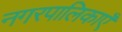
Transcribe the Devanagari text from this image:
नगरपालिकाएँ